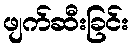
ဖျက်ဆီးခြင်း